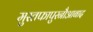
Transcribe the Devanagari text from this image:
मुस्तफापुरनौआबाद